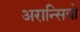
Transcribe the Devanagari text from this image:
अरान्सियो